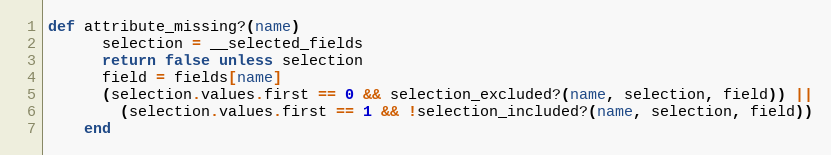
Language: Ruby
def attribute_missing?(name)
      selection = __selected_fields
      return false unless selection
      field = fields[name]
      (selection.values.first == 0 && selection_excluded?(name, selection, field)) ||
        (selection.values.first == 1 && !selection_included?(name, selection, field))
    end